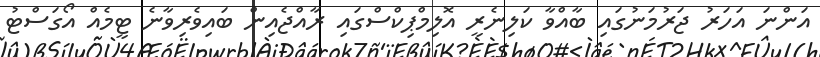
އަންނަ އަހަރު ޖަރުމަނުގައި ބާއްވާ ކަލިނެރީ އޮލިމްޕިކްސްގައި ރާއްޖެއިން ބައިވެރިވާނެ ޓީމެއް އޯގަސްޓު